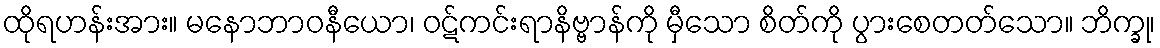
ထိုရဟန်းအား။ မနောဘာဝနီယော၊ ဝဋ်ကင်းရာနိဗ္ဗာန်ကို မှီသော စိတ်ကို ပွားစေတတ်သော။ ဘိက္ခု၊